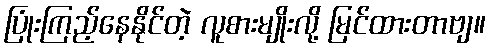
ပြုံးကြည့်နေနိုင်တဲ့ လူစားမျိုးလို့ မြင်ထားတာဗျ။